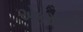
એકસામટા